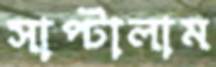
সাপ্‌টালাম